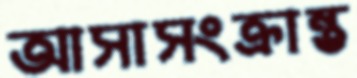
আসাসংক্রান্ত